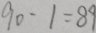
9 0 - 1 = 8 9